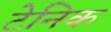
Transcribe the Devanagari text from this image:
टेनिक